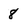
Character: 8